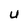
Character: U